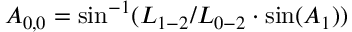
{ A _ { 0 , 0 } } = \sin ^ { - 1 } ( { L _ { 1 - 2 } } / { L _ { 0 - 2 } } \cdot \sin ( { A _ { 1 } } ) )